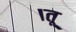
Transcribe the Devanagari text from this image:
।तू